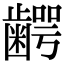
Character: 𮯋